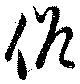
俗